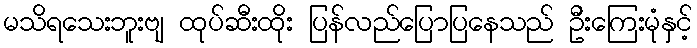
မသိရသေးဘူးဗျ ထုပ်ဆီးထိုး ပြန်လည်ပြောပြနေသည် ဦးကြေးမုံနှင့်